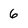
Character: 6